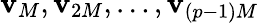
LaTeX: \mathbf{v}_{M},\mathbf{v}_{2M},\dots,\mathbf{v}_{(p-1)M}